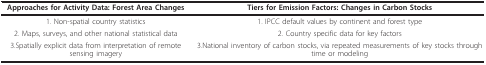
| Approaches for Activity Data: Forest Area Changes | Tiers for Emission Factors: Changes in Carbon Stocks |
 | --- | --- |
 | 1. Non-spatial country statistics | 1. IPCC default values by continent and forest type |
 | 2. Maps, surveys, and other national statistical data | 2. Country specific data for key factors |
 | 3.Spatially explicit data from interpretation of remote sensing imagery | 3.National inventory of carbon stocks, via repeated measurements of key stocks through time or modeling |